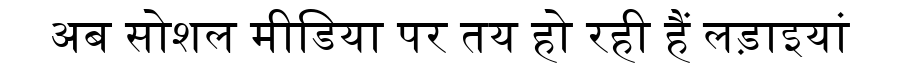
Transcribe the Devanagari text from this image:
अब सोशल मीडिया पर तय हो रही हैं लड़ाइयां